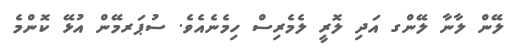
ލޭން ލާނާ ލޭންގ އަދި ލޮރީ ލެމެރިސް ހިމެނެއެވެ. ސުޕަރމޭން އުޅޭ ކޮންމެ